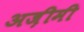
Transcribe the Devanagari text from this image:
अज़ीमी